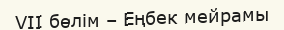
VII бөлім – Еңбек мейрамы